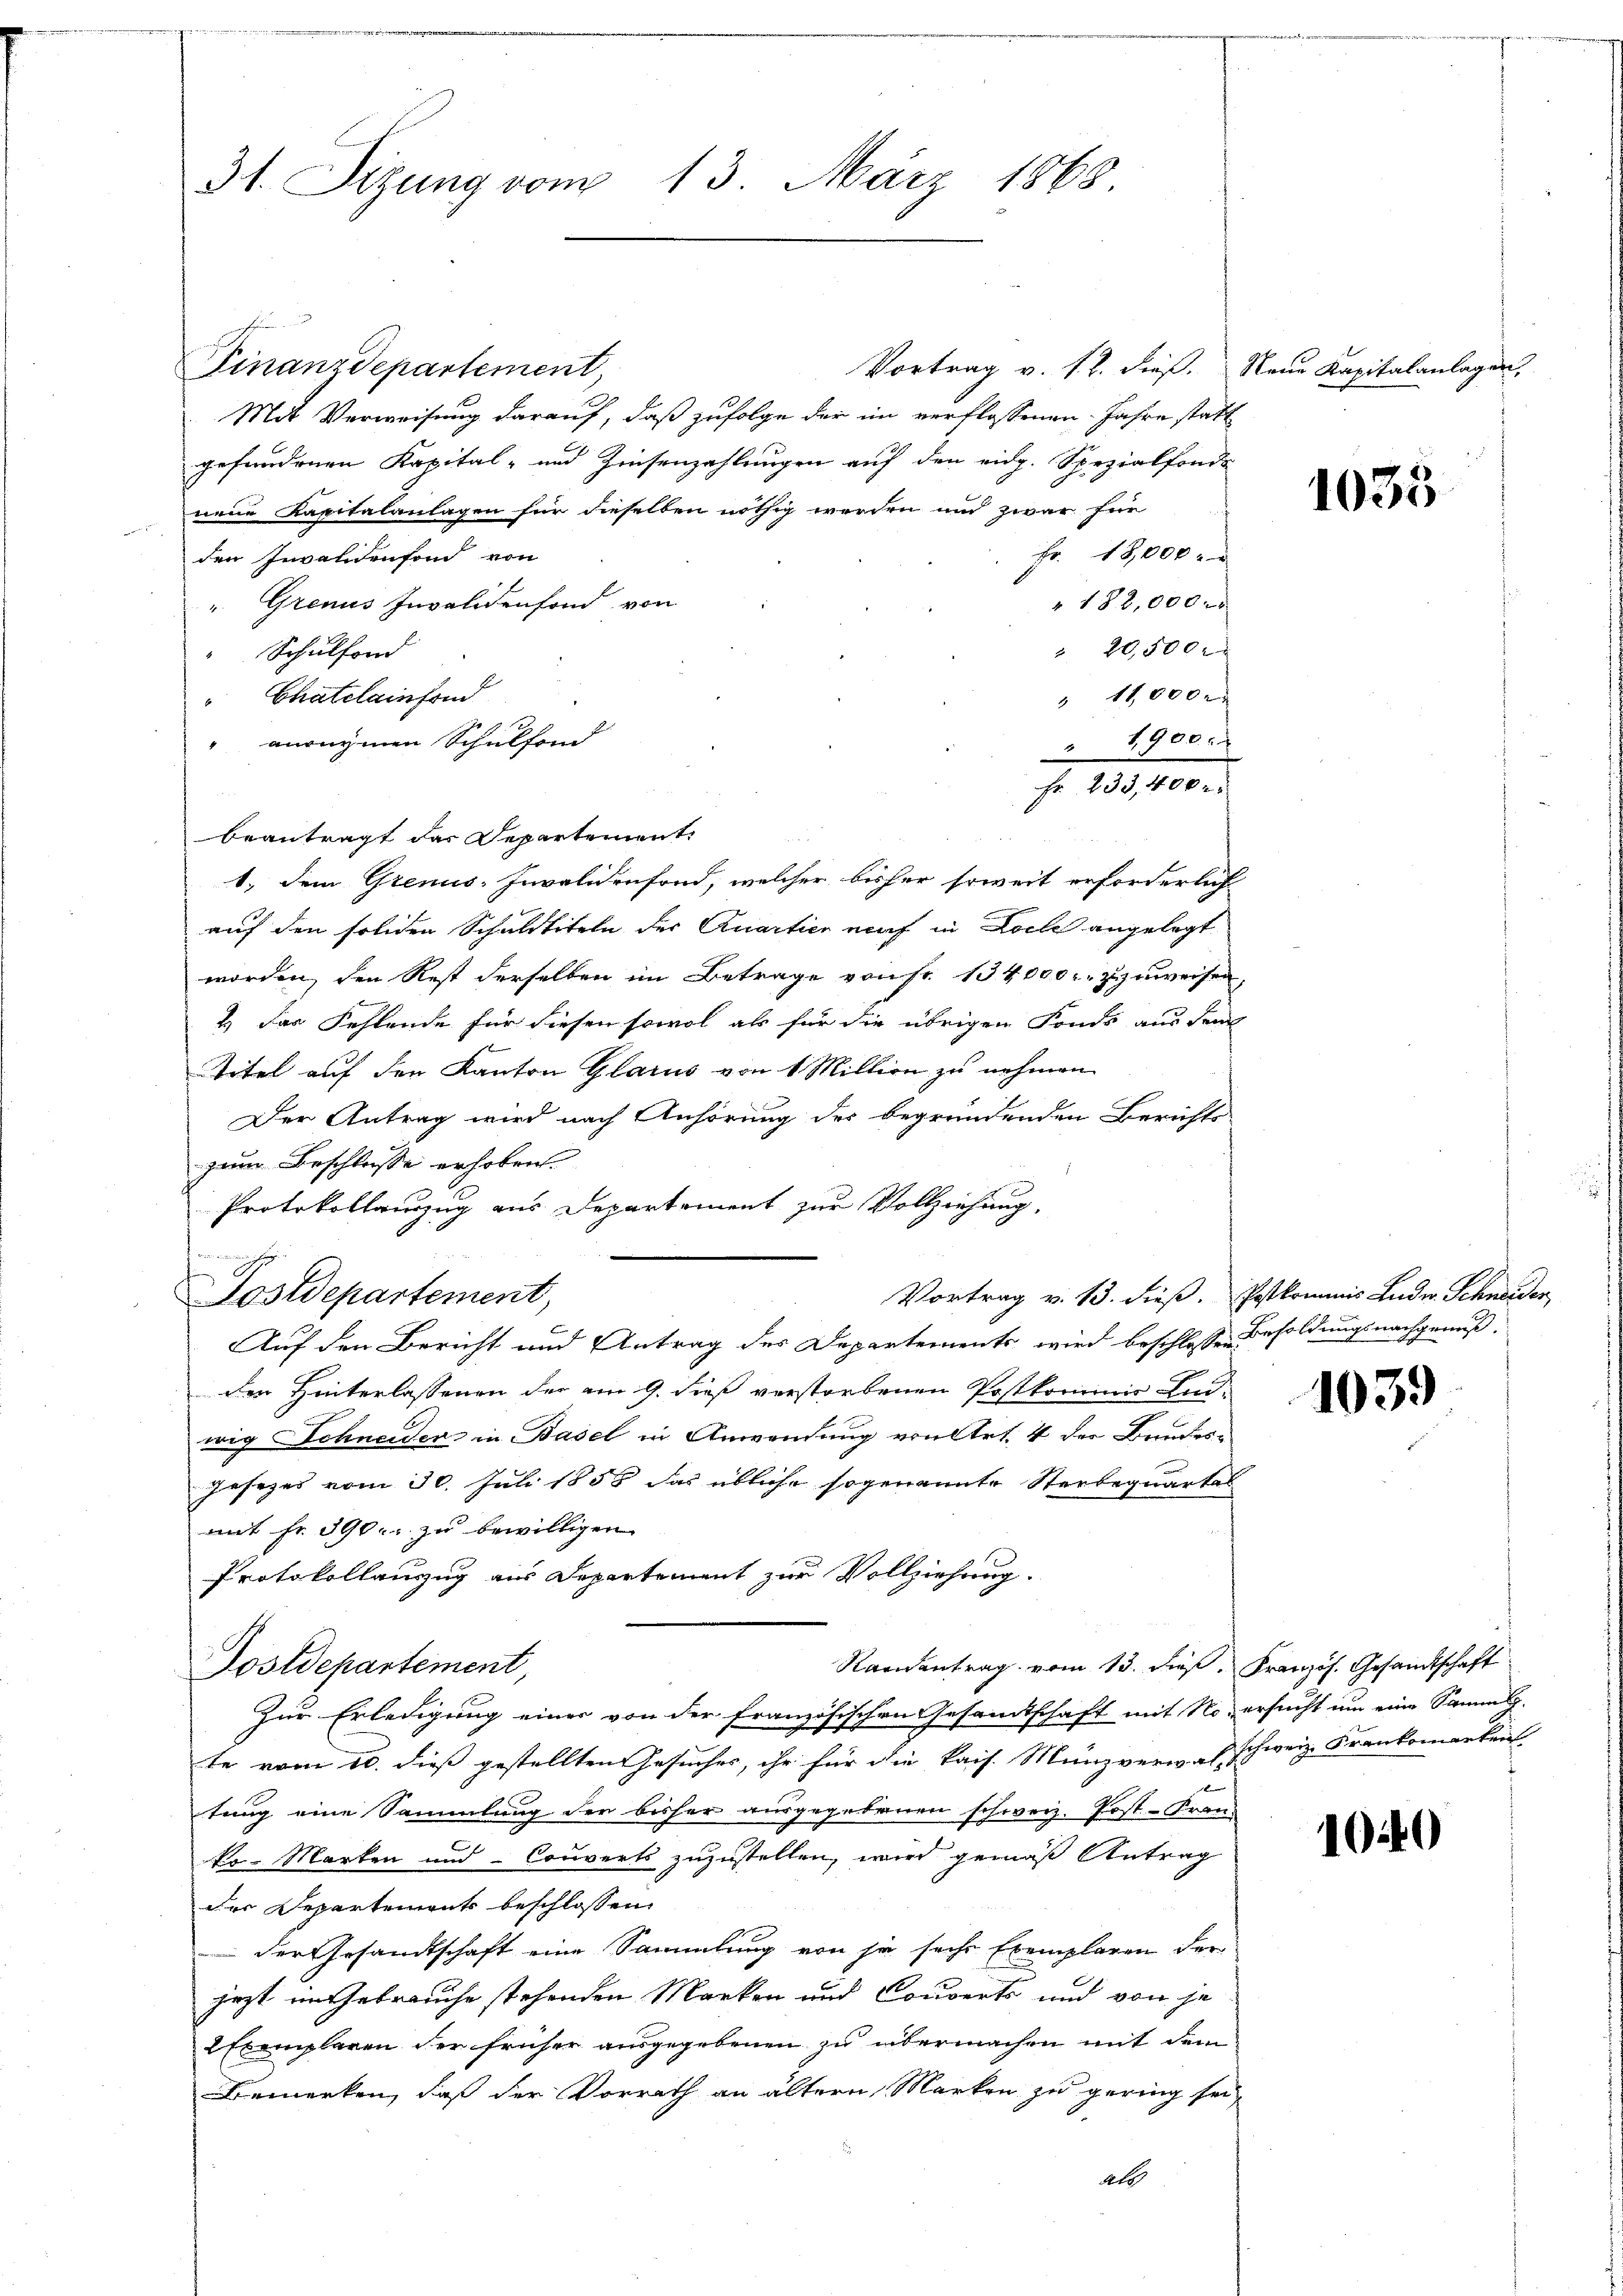
31. Sizung vom 13. März 1868.

Finanzdepartement,

i meindern ihrer
Postdepartement,

Vortrag v. 12. dieß. Neue Kapitalanlagen,
Mit Verweisung darauf, daß zufolge der im verflossenen Jahre statt
gefundenen Kapital- und Zinsenzahlungen auf den eidg. Spezialfonds
nene Kapitalanlagen für dieselben nöthig werden und zwar für
Fr. 18,000.
den Invalidenfond von
" Grenus Invalidenfond von
 182,000 x
" 20,500 x
Schulfond
" 11,000 r
Chatelainfond
" anonymen Schulfond
 1900
Fr. 233,400 r
beantragt das Departement.
1. dem Grenus-Invalidenfond, welcher bisher soweit erforderlich
auf den soliden Schuldtiteln der Quartien nach in Loche angelegt
worden, den Rest derselben im Betrage von Fr. 134,000 zuzuweisen,
2) Das Fehlende für diesen sowol als für die übrigen Fonds aus dem
Titel auf den Kanton Glarus von 1 Million zu nehmen
Der Antrag wird nach Anhörung des begründenden Berichts
zum Beschlusse erhoben.
Protokollauszug aus Departement zur Vollziehung,
Vortrag v. 13. dieß. Postkommis Ludw. Schneider,
Auf den Bericht und Antrag des Departements wird beschlossen Besoldungsnachgenuß.
den Hinterlassenen der am 9. dieß verstorbenen Postkommis Endwig Schneiden in Basel in Anwendung von Art. 4 der Bruder-
Jersezes vom 30. Juli 1858 das übliche sogenannte Sterbequartal
mit Fr. 390. zu bewilligen
Protokollauszug aus Departement zur Vollziehung.
Randantrag vom 13. dieß. Französ. Gesandtschaft
Postdepartement,
Zur Erledigung einer von der Französischen Gesandtschaft mit No ersucht um eine Samm-
te vom 10. dieß gestellten Gesuches, ihr für die kais. Münzverwahrschweiz. Frankomerken
tung eine Sammlung der bisher ausgegebenen schweiz. Post. - Franz
ko- Marken und Couverts zuzustellen, wird gemäß Antrag
der Departements beschlossen:
der Gesandtschaft eine Sammlung von ja sechs Exemplaren der
jezt im Gebrauche stehenden Marken und Couverts und von je
EExemplaren der früher ausgegebenen zu übermachen mit dem
Bemerken, daß der Vorrath an ältern Marken zu gering sei
all

1035

1039

1040